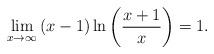
LaTeX: \begin{align*}\lim_{x \to \infty} \, (x-1) \ln\left(\frac{x+1}{x}\right)= 1.\end{align*}